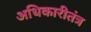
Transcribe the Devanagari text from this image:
अधिकारीतंत्र